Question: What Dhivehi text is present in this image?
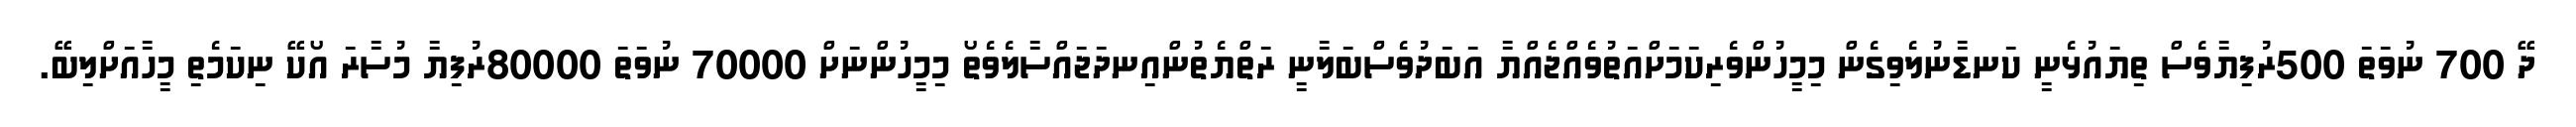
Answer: ދޭ 700 ނުވަތަ 500ރުފިޔާވެސް ތިޔައުޅެނީ ކަނޑާނުލެވިގެން މިމީހުންވެރިކަމަށްއަތުވެއްޖެއްޔާ އަބަދުވެސްބަލާނީ ރަތްޔެތުންއިނދަޖައްސާލެވެތޯ މިމީހުންނަށް 70000 ނުވަތަ 80000ރުފިޔާ މުސާރަ އޯކޭ ނިކަމެތި މީހާއަށްލިބޭ.